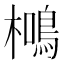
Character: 𭬖